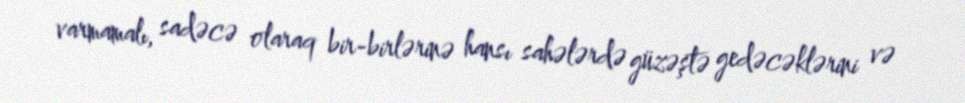
varmamalı, sadəcə olaraq bir-birlərinə hansı sahələrdə güzəştə gedəcəklərini və